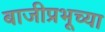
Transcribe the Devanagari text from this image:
बाजीप्रभूच्या